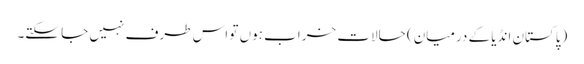
(پاکستان انڈیا کے درمیان) حالات خراب ہوں تو اس طرف نہیں جا سکتے۔